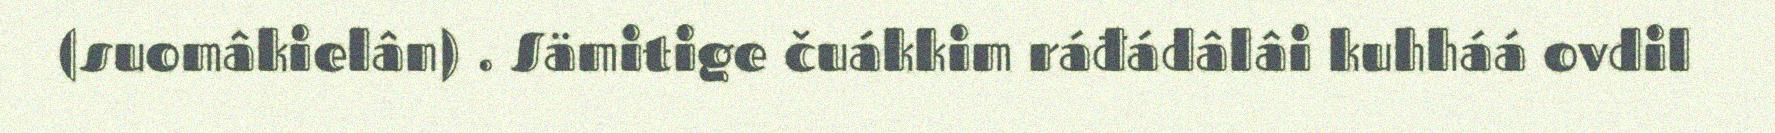
(suomâkielân) . Sämitige čuákkim ráđádâlâi kuhháá ovdil